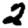
Digit: 2